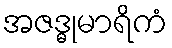
အဇဒ္ဓုမာရိကံ